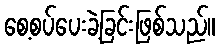
စေ့စပ်ပေးခဲ့ခြင်းဖြစ်သည်။